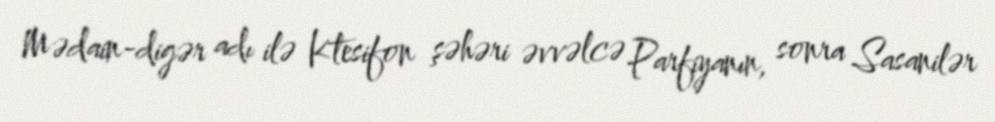
Mədain-digər adı ilə Ktesifon şəhəri əvvəlcə Parfiyanın, sonra Sasanilər